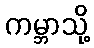
ကမ္ဘာသို့